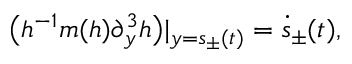
\big ( h ^ { - 1 } m ( h ) \partial _ { y } ^ { 3 } h \big ) | _ { y = s _ { \pm } ( t ) } = \dot { s } _ { \pm } ( t ) ,